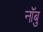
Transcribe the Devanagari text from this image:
नॉबु